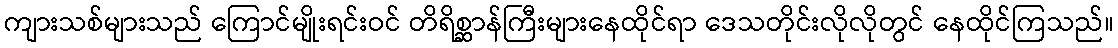
ကျားသစ်များသည် ကြောင်မျိုးရင်းဝင် တိရိစ္ဆာန်ကြီးများနေထိုင်ရာ ဒေသတိုင်းလိုလိုတွင် နေထိုင်ကြသည်။